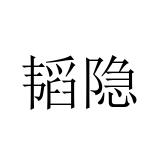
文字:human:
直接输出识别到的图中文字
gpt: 韬隐